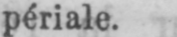
périale.